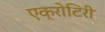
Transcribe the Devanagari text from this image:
एक्रोटिरी